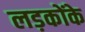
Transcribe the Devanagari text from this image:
लड़कोंके